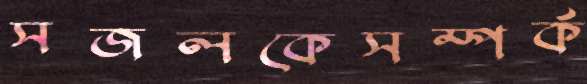
সজলকেসম্পর্ক